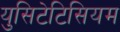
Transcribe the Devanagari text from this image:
युसिटेटिसियम